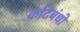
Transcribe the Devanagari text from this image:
कटिबंधो